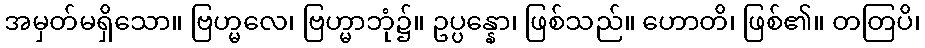
အမှတ်မရှိသော။ ဗြဟ္မလေ၊ ဗြဟ္မာဘုံ၌။ ဥပ္ပန္နော၊ ဖြစ်သည်။ ဟောတိ၊ ဖြစ်၏။ တတြပိ၊